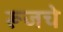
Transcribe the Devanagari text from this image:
रूजचे